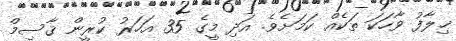
ޚިލާފު ވާހަކަ ތަކެއް ކަމަށެވެ. އަދި މީގެ 35 އަހަރު ކުރީން ޤާސިމް